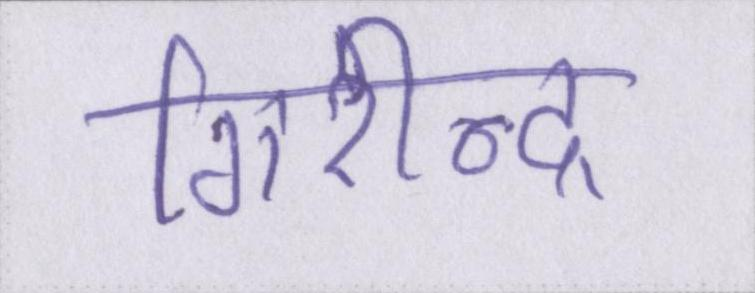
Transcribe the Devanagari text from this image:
गिरीन्द्र